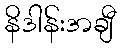
နိဒါန်းအချီ